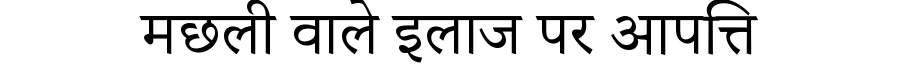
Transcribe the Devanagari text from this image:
मछली वाले इलाज पर आपत्ति